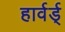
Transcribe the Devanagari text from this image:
हार्वर्ड्